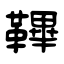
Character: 鞸